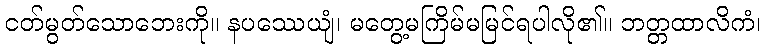
ငတ်မွတ်သောဘေးကို။ နပဿေယျံ၊ မတွေ့မကြိမ်မမြင်ရပါလို၏။ ဘတ္တထာလိကံ၊